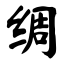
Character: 绸